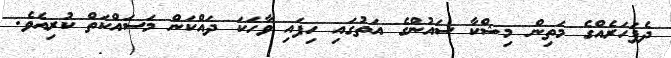
ދެފަހަރެއްގެ މަތިން މިޝްކާ ސައުންގެ އަތުގައި ހިފައި ވާހަކަ ދައްކަން މަސައްކަތް ކުރިއެވެ.